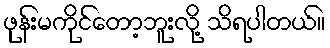
ဖုန်းမကိုင်တော့ဘူးလို့ သိရပါတယ်။